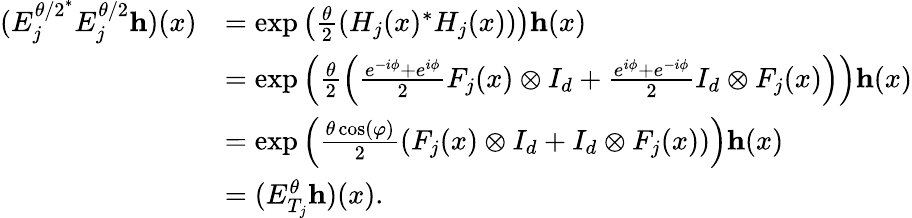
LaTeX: \begin{array}{rl}{(E_{j}^{{\theta/2}^{*}}E_{j}^{\theta/2}\mathbf{h})(x)}&{=\exp\left(\frac{\theta}{2}(H_{j}(x)^{*}H_{j}(x))\right)\mathbf{h}(x)}\\ &{=\exp\left(\frac{\theta}{2}\left(\frac{e^{-i\phi}+e^{i\phi}}{2}F_{j}(x)\otimes I_{d}+\frac{e^{i\phi}+e^{-i\phi}}{2}I_{d}\otimes F_{j}(x)\right)\right)\mathbf{h}(x)}\\ &{=\exp\left(\frac{\theta\cos(\varphi)}{2}(F_{j}(x)\otimes I_{d}+I_{d}\otimes F_{j}(x))\right)\mathbf{h}(x)}\\ &{=(E_{T_{j}}^{\theta}\mathbf{h})(x).}\end{array}